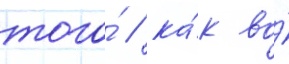
того́ / ка́к во́